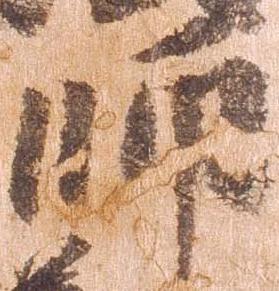
師